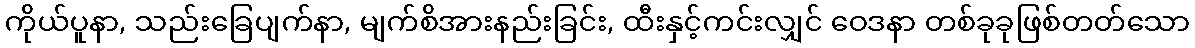
ကိုယ်ပူနာ, သည်းခြေပျက်နာ, မျက်စိအားနည်းခြင်း, ထီးနှင့်ကင်းလျှင် ဝေဒနာ တစ်ခုခုဖြစ်တတ်သော